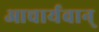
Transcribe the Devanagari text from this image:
आचार्यवान्